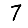
Digit: 7